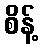
စိန့်